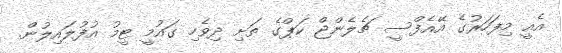
އެއީ މިފަހަރުގެ އޭއެފްސީ ޗެލެންޖް ކަޕްގެ ތަށި ދިވެހި ގައުމީ ޓީމު އުފުލައިލުން.